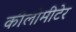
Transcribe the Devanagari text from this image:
कीलोमीटेर